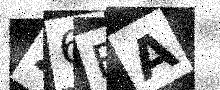
Text: 26FA